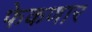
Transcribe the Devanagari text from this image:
फेकणार